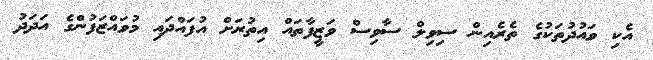
އެކި ވައުދުތަކުގެ ތެރެއިން ސިވިލް ސާވިސް ވަޒީފާތައް އިތުރަށް އުފައްދައި މުވައްޒަފުންގެ އަދަދު